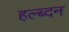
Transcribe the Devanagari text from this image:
हल्ब्दन